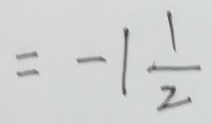
= - 1 \frac { 1 } { 2 }